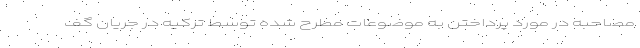
مصاحبه در مورد پرداختن به موضوعات مطرح شده توسط ترکیه در جریان گف